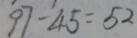
9 7 - 4 5 = 5 2